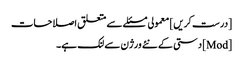
[درست کریں] معمولی مسئلے سے متعلق اصلاحات
[Mod] دستی کے نئے ورژن سے لنک ہے۔